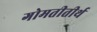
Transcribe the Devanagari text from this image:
गोमतीतीर्थ